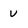
Character: u